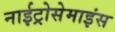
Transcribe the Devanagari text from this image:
नाईट्रोसेमाइंस